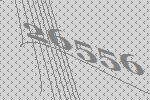
26556